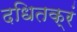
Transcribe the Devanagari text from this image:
दधितक्रं